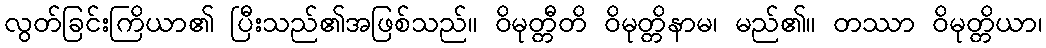
လွတ်ခြင်းကြိယာ၏ ပြီးသည်၏အဖြစ်သည်။ ဝိမုတ္တီတိ ဝိမုတ္တိနာမ၊ မည်၏။ တဿာ ဝိမုတ္တိယာ၊